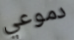
دموعي